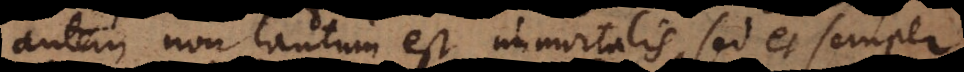
autem non tantum est immortalis, sed et semper